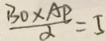
\frac { B O \times A P } { \alpha } = 5